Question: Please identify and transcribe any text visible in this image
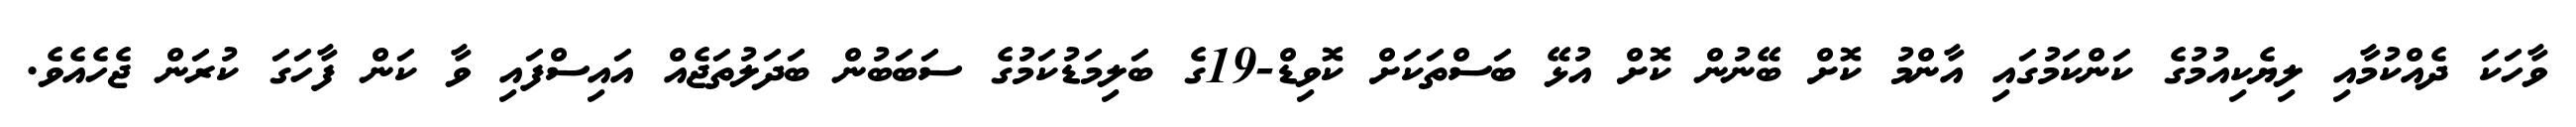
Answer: ވާހަކަ ދެއްކުމާއި ލިޔެކިއުމުގެ ކަންކަމުގައި އާންމު ކޮށް ބޭނުން ކޮށް އުޅޭ ބަސްތަކަށް ކޮވިޑް-19ގެ ބަލިމަޑުކަމުގެ ސަބަބުން ބަދަލުތަޖެއް އައިސްފައި ވާ ކަން ފާހަގަ ކުރަން ޖެހެއެވެ.